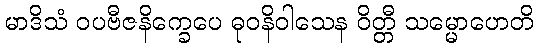
မာဒိသံ ဝပဗီဇနိက္ခေပေ ဓုဝနိဝါသေန ဝိတ္တီ သမ္မောဟေတိ